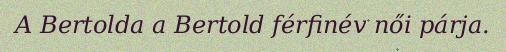
A Bertolda a Bertold férfinév női párja.